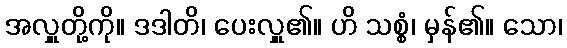
အလှူတို့ကို။ ဒဒါတိ၊ ပေးလှူ၏။ ဟိ သစ္စံ၊ မှန်၏။ သော၊